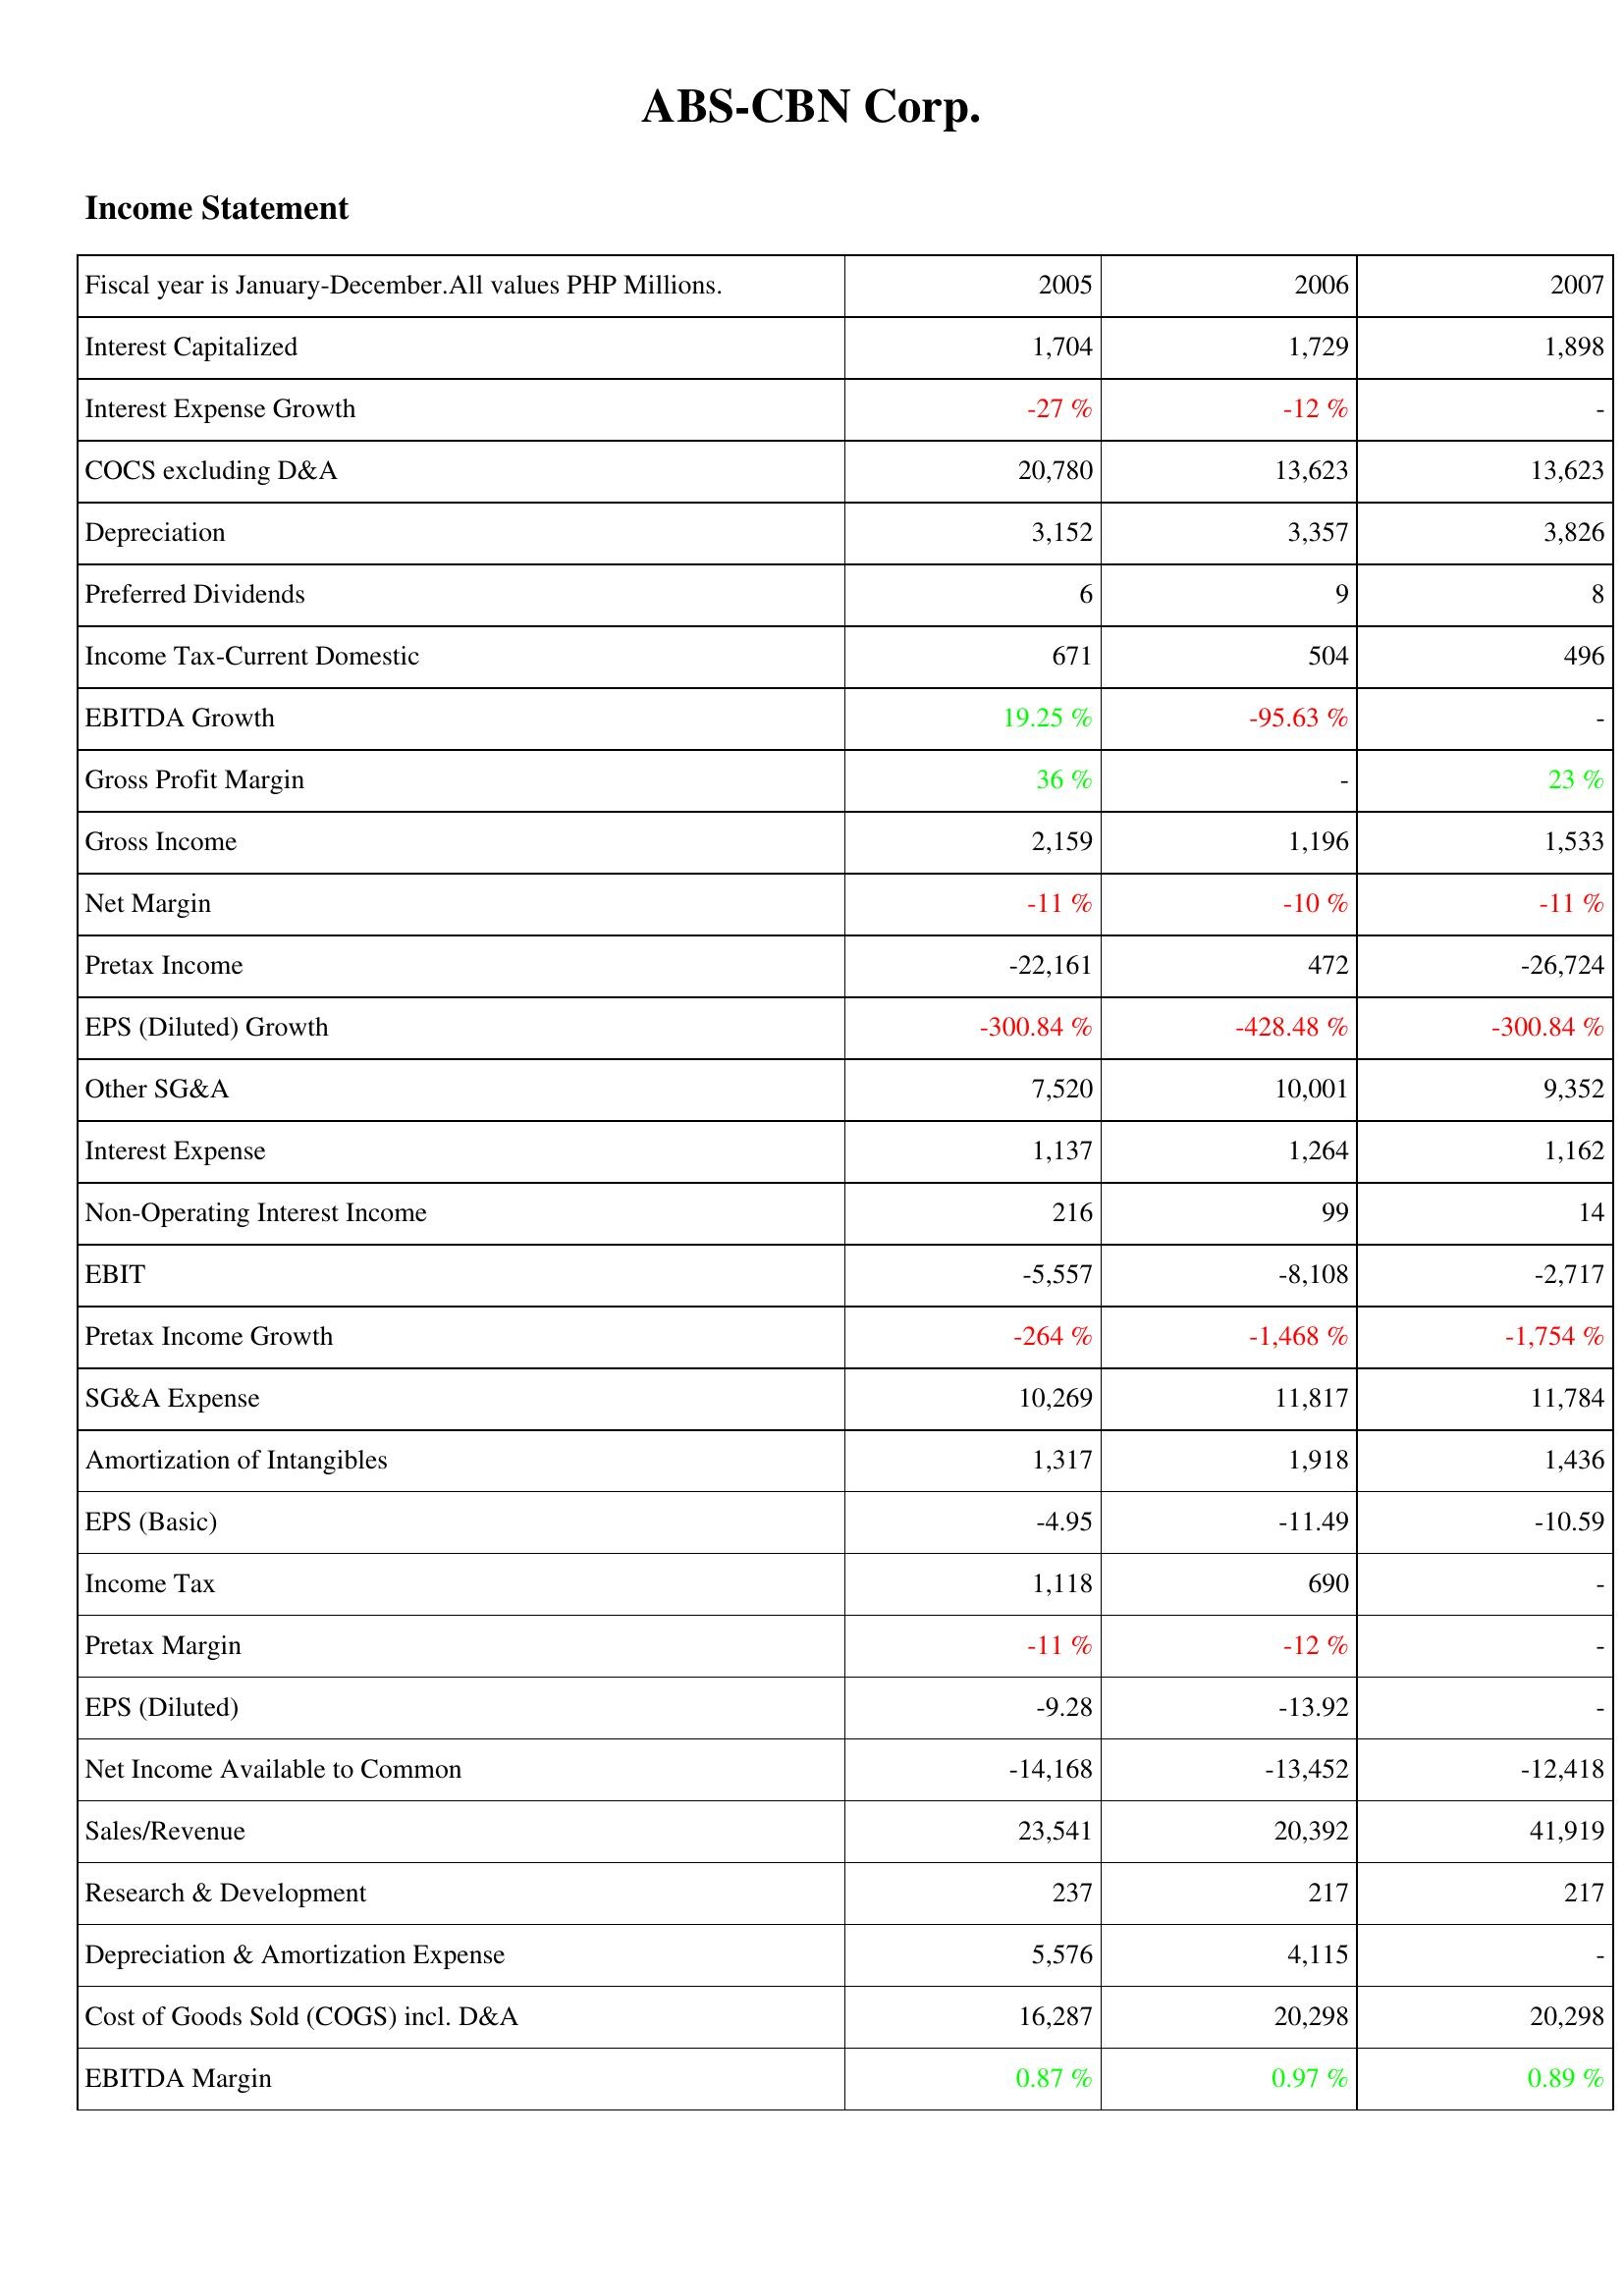
2005: Income Statement: Interest Capitalized: 1,704
Interest Expense Growth: -27 %
COCS excluding D&A: 20,780
Depreciation: 3,152
Preferred Dividends: 6
Income Tax-Current Domestic: 671
EBITDA Growth: 19.25 %
Gross Profit Margin: 36 %
Gross Income: 2,159
Net Margin: -11 %
Pretax Income: -22,161
EPS (Diluted) Growth: -300.84 %
Other SG&A: 7,520
Interest Expense: 1,137
Non-Operating Interest Income: 216
EBIT: -5,557
Pretax Income Growth: -264 %
SG&A Expense: 10,269
Amortization of Intangibles: 1,317
EPS (Basic): -4.95
Income Tax: 1,118
Pretax Margin: -11 %
EPS (Diluted): -9.28
Net Income Available to Common: -14,168
Sales/Revenue: 23,541
Research & Development: 237
Depreciation & Amortization Expense: 5,576
Cost of Goods Sold (COGS) incl. D&A: 16,287
EBITDA Margin: 0.87 %
2006: Income Statement: Interest Capitalized: 1,729
Interest Expense Growth: -12 %
COCS excluding D&A: 13,623
Depreciation: 3,357
Preferred Dividends: 9
Income Tax-Current Domestic: 504
EBITDA Growth: -95.63 %
Gross Profit Margin: -
Gross Income: 1,196
Net Margin: -10 %
Pretax Income: 472
EPS (Diluted) Growth: -428.48 %
Other SG&A: 10,001
Interest Expense: 1,264
Non-Operating Interest Income: 99
EBIT: -8,108
Pretax Income Growth: -1,468 %
SG&A Expense: 11,817
Amortization of Intangibles: 1,918
EPS (Basic): -11.49
Income Tax: 690
Pretax Margin: -12 %
EPS (Diluted): -13.92
Net Income Available to Common: -13,452
Sales/Revenue: 20,392
Research & Development: 217
Depreciation & Amortization Expense: 4,115
Cost of Goods Sold (COGS) incl. D&A: 20,298
EBITDA Margin: 0.97 %
2007: Income Statement: Interest Capitalized: 1,898
Interest Expense Growth: -
COCS excluding D&A: 13,623
Depreciation: 3,826
Preferred Dividends: 8
Income Tax-Current Domestic: 496
EBITDA Growth: -
Gross Profit Margin: 23 %
Gross Income: 1,533
Net Margin: -11 %
Pretax Income: -26,724
EPS (Diluted) Growth: -300.84 %
Other SG&A: 9,352
Interest Expense: 1,162
Non-Operating Interest Income: 14
EBIT: -2,717
Pretax Income Growth: -1,754 %
SG&A Expense: 11,784
Amortization of Intangibles: 1,436
EPS (Basic): -10.59
Income Tax: -
Pretax Margin: -
EPS (Diluted): -
Net Income Available to Common: -12,418
Sales/Revenue: 41,919
Research & Development: 217
Depreciation & Amortization Expense: -
Cost of Goods Sold (COGS) incl. D&A: 20,298
EBITDA Margin: 0.89 %